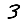
Digit: 3